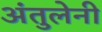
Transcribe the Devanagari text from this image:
अंतुलेनी